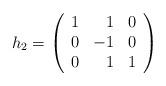
LaTeX: \begin{align*}h_2=\left(\begin{array}{rrr}1 & 1 & 0\\0 & -1 & 0\\0 & 1 & 1\end{array}\right)\end{align*}